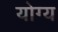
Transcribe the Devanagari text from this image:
योग्य